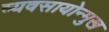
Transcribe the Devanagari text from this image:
व्यवसायोन्मुख